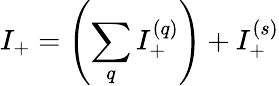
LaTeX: I_{+}=\left(\sum_{q}I_{+}^{(q)}\right)+I_{+}^{(s)}